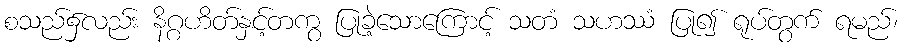
စသည်၌လည်း နိဂ္ဂဟိတ်နှင့်တကွ ပြုခဲ့သောကြောင့် သတံ သဟဿံ ပြု၍ ရုပ်တွက် ရမည်၊